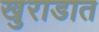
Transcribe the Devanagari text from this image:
खुराडात